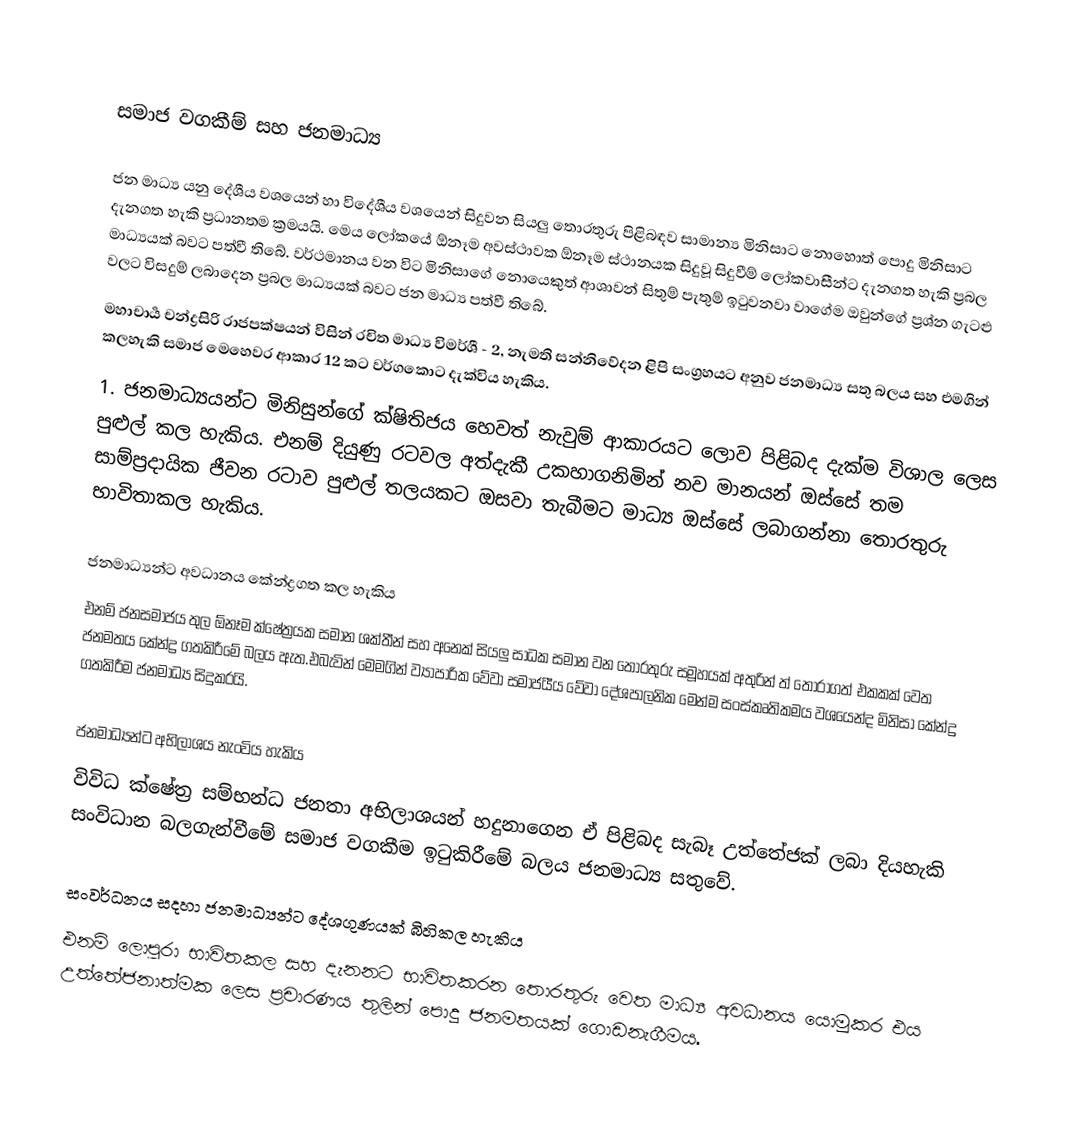

සමාජ වගකීම් සහ ජනමාධ්‍ය

ජන මාධ්‍ය යනු දේශීය වශයෙන් හා විදේශීය වශයෙන් සිදුවන සියලු තොරතුරු පිළිබඳව සාමාන්‍ය මිනිසාට නොහොත් පොදු මිනිසාට දැනගත හැකි ප්‍රධානතම ක්‍රමයයි. මෙය ලෝකයේ ඕනෑම අවස්ථාවක ඕනෑම ස්ථානයක සිදුවූ සිදුවීම් ලෝකවාසීන්ට දැනගත හැකි ප්‍රබල මාධ්‍යයක් බවට පත්වී තිබේ. වර්ථමානය වන විට මිනිසාගේ නොයෙකුත් ආශාවන් සිතුම් පැතුම් ඉටුවනවා වාගේම ඔවුන්ගේ ප්‍රශ්න ගැටළු වලට විසදුම් ලබාදෙන ප්‍රබල මාධ්‍යයක් බවට ජන මාධ්‍ය පත්වී තිබේ.
මහාචාර්‍ය චන්ද්‍රසිරි රාජපක්ෂයන් විසින් රචිත මාධ්‍ය විමර්ශී - 2, නැමති සන්නිවේදන ළිපි සංග්‍රහයට අනුව ජනමාධ්‍ය සතු බලය සහ එමගින් කලහැකි සමාජ මෙහෙවර ආකාර 12 කට වර්ගකොට දැක්විය හැකිය.
1.	 ජනමාධ්‍යයන්ට මිනිසුන්ගේ ක්ෂිතිජය හෙවත් නැවුම් ආකාරයට ලොව  පිළිබද දැක්ම විශාල ලෙස පුළුල් කල හැකිය. එනම් දියුණු රටවල අත්දැකී උකහාගනිමින් නව මානයන් ඔස්සේ තම සාම්ප්‍රදායික ජීවන රටාව පුළුල් තලයකට ඔසවා තැබීමට මාධ්‍ය ඔස්සේ ලබාගන්නා තොරතුරු භාවිතාකල හැකිය.

ජනමාධ්‍යන්ට අවධානය කේන්ද්‍රගත කල හැකිය
 එනම් ජනසමාජය තුල ඕනෑම ක්ෂේත්‍රයක සමාන ශක්තීන් සහ අනෙක් සියලු සාධක සමාන වන තොරතුරු සමූහයක් අතුරින් ත් තෝරාගත් එකකක් වෙත ජනමතය කේන්ද්‍ර ගතකිරීමේ බලය ඇත.එබැවින් මෙමගින් ව්‍යාපාරික වේවා සමාජයීය වේවා දේශපාලනික මෙන්ම සංස්කෘතිකමය වශයෙන්ද මිනිසා කේන්ද්‍ර ගතකිරීම ජනමාධ්‍ය සිදුකරයි.

ජනමාධ්‍යන්ට අභිලාශය  නැංවිය හැකිය
  විවිධ ක්ෂේත්‍ර සම්භන්ධ ජනතා අභිලාශයන් හදුනාගෙන ඒ පිළිබද සැබෑ උත්තේජක්  ලබා දියහැකි සංවිධාන බලගැන්වීමේ සමාජ වගකීම ඉටුකිරීමේ බලය ජනමාධ්‍ය සතුවේ.

සංවර්ධනය සදහා ජනමාධ්‍යන්ට දේශගුණයක් බිහිකල හැකිය
 එනම් ලොපුරා භාවිතකල සහ දැනනට භාවිතකරන තොරතුරු වෙත මාධ්‍ය අවධානය යොමුකර එය උත්තේජනාත්මක ලෙස ප්‍රචාරණය තුලින් පොදු ජනමතයක් ගොඩනැගීමය.